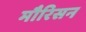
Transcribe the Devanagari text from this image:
मौरिसन